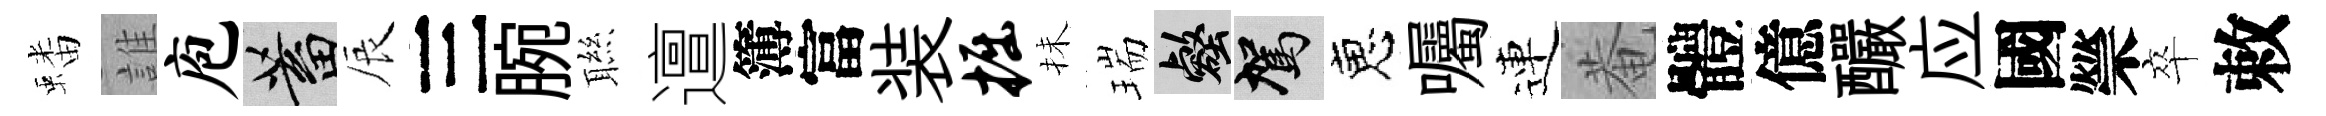
蟠誰庖蓄辰三腕聮邅簿富装掘抺瑞壑駕恵囑連菴體億釅应國禜卒敕